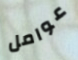
عوامل